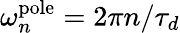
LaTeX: \omega_{n}^{\mathrm{pole}}=2\pi n/\tau_{d}